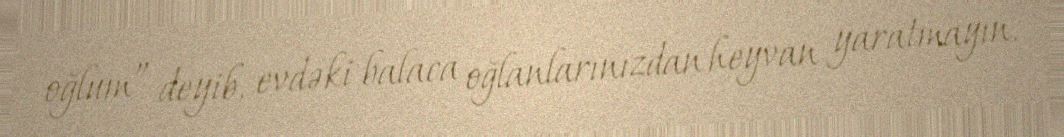
oğlum” deyib, evdəki balaca oğlanlarınızdan heyvan yaratmayın.